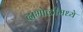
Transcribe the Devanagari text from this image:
दाभोळीमध्ये